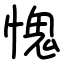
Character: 愧